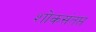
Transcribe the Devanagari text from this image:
शोकसंतप्त